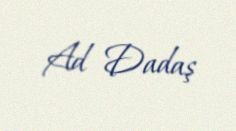
Ad Dadaş